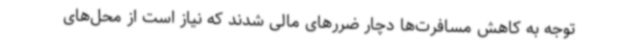
توجه به کاهش مسافرت‌ها دچار ضررهای مالی شدند که نیاز است از محل‌های